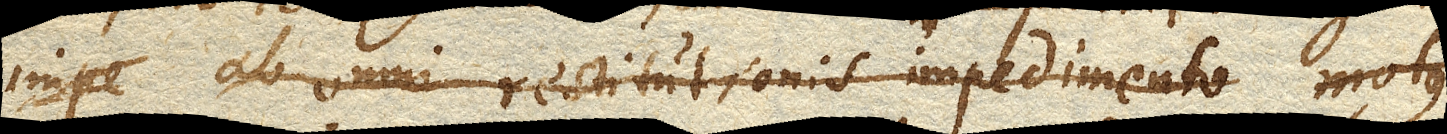
impe ab omni restitutionis impedimento motus